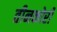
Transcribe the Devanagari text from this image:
तीनकोरी